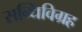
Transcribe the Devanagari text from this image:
सन्धिविग्रह